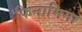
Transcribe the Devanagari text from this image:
फिनामिना